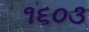
૧૬૦૩